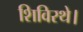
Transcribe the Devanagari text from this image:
शिविरथे।